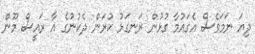
ދިޔަ ނަމަވެސް އެގައުމާ ގުޅުން ރަނގަޅު ކުރަން ދެކުނުގެ އާ ރައީސް މޫން